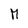
Character: M